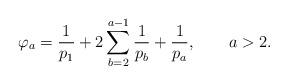
LaTeX: \begin{align*}\varphi _a=\frac {1}{p_1}+2\sum _{b=2}^{a-1}\frac {1}{p_b}+\frac {1}{p_a}, \qquad a>2 .\end{align*}